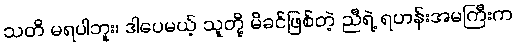
သတိ မရပါဘူး၊ ဒါပေမယ့် သူတို့ မိခင်ဖြစ်တဲ့ ညီရဲ့ ရဟန်းအမကြီးက